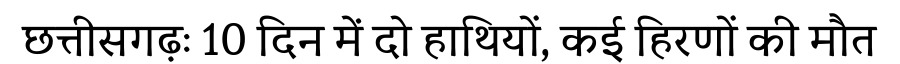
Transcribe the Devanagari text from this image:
छत्तीसगढ़ः 10 दिन में दो हाथियों, कई हिरणों की मौत